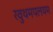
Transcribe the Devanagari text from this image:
रवुथमपलयम